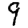
Digit: 9